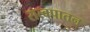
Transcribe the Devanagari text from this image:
सत्वपातन